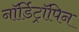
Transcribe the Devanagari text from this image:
नॉर्डिट्रॉपिन